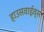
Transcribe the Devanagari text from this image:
हाउसवाईव्स